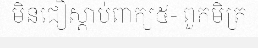
មិនជឿស្តាប់ពាក្យ៥- ពួកមិត្រ